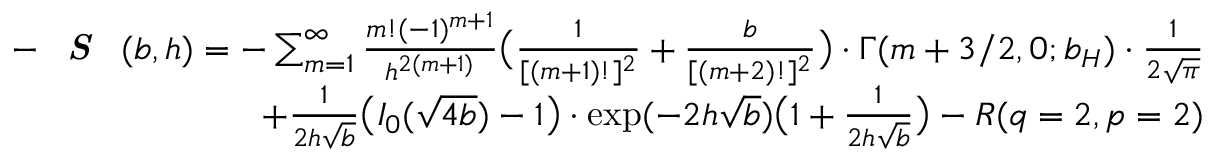
\begin{array} { r l r } & { } & { - \textbf { \emph { S } } ( b , h ) = - \sum _ { m = 1 } ^ { \infty } { \frac { m ! ( - 1 ) ^ { m + 1 } } { h ^ { 2 ( m + 1 ) } } } \big ( { \frac { 1 } { [ ( m + 1 ) ! ] ^ { 2 } } } + { \frac { b } { [ ( m + 2 ) ! ] ^ { 2 } } } \big ) \cdot \Gamma ( m + 3 / 2 , 0 ; b _ { H } ) \cdot { \frac { 1 } { 2 \sqrt { \pi } } } } \\ & { } & { + { \frac { 1 } { 2 h \sqrt { b } } } \big ( I _ { 0 } ( \sqrt { 4 b } ) - 1 \big ) \cdot \exp ( - 2 h \sqrt { b } ) \big ( 1 + { \frac { 1 } { 2 h \sqrt { b } } } \big ) - R ( q = 2 , p = 2 ) } \end{array}